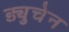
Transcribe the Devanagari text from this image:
ड्युचेन